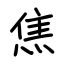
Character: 焦